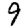
Digit: 9